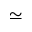
\simeq